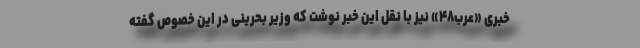
خبری «عرب۴۸» نیز با نقل این خبر نوشت که وزیر بحرینی در این خصوص گفته